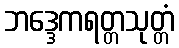
ဘဒ္ဒေကရတ္တသုတ္တံ